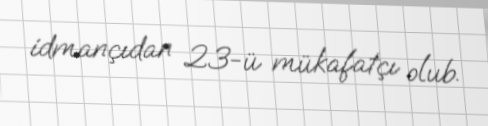
idmançıdan 23-ü mükafatçı olub.